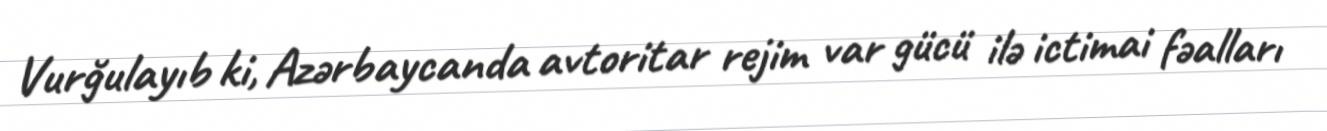
Vurğulayıb ki, Azərbaycanda avtoritar rejim var gücü ilə ictimai fəalları